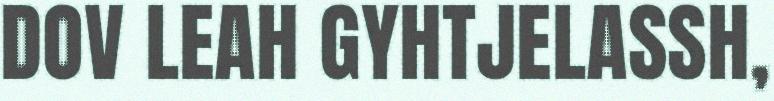
DOV LEAH GYHTJELASSH,